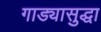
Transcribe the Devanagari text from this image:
गाड्यासुद्धा